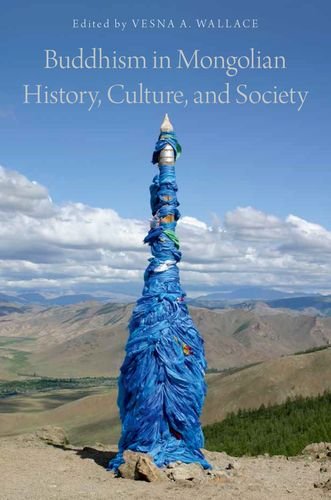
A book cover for Buddhism in Mongolian History, Culture, and Society; Religion & Spirituality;